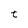
Character: t